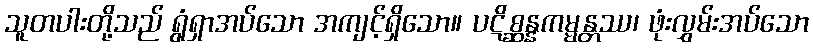
သူတပါးတို့သည် ရွံရှာအပ်သော အကျင့်ရှိသော။ ပဋိစ္ဆန္နကမ္မန္တဿ၊ ဖုံးလွှမ်းအပ်သော